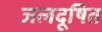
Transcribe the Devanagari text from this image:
जलदूषित